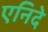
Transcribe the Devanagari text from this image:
एनिदे